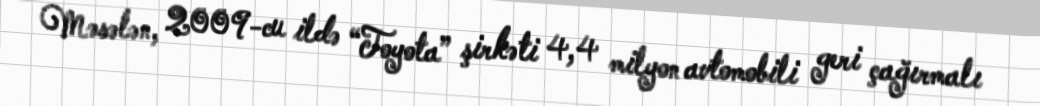
Məsələn, 2009-cu ildə “Toyota” şirkəti 4,4 milyon avtomobili geri çağırmalı